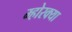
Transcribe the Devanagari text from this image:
म्होरक्‍या